Calcutta medical institutions reports 1879-81 [i.e.91]
Year: 1879
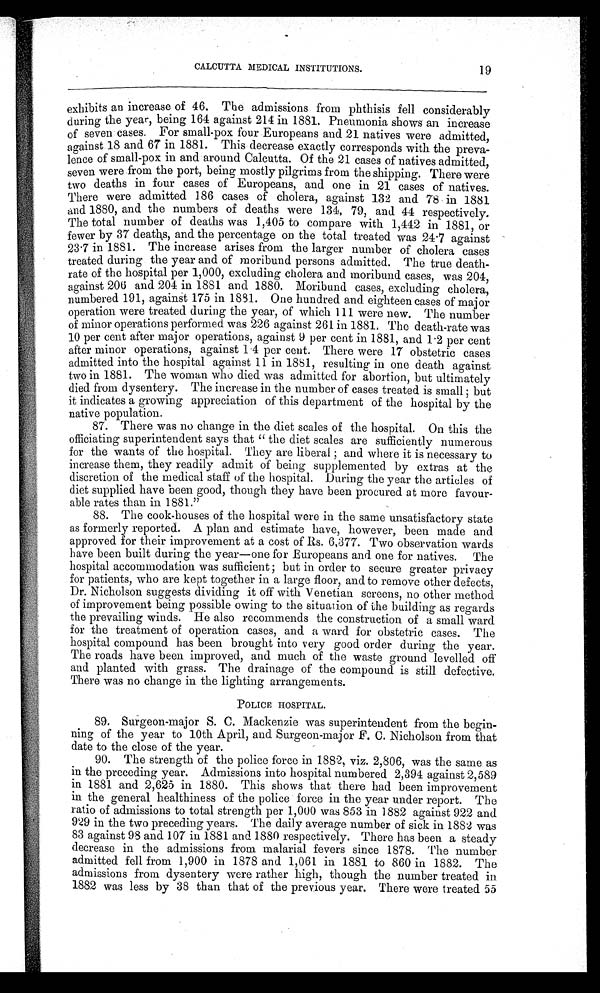
CALCUTTA MEDICAL INSTITUTIONS.
19
exhibits an increase of 46. The admissions from phthisis fell considerably
during the year, being 164 against 214 in 1881. Pneumonia shows an increase
of seven cases. For small-pox four Europeans and 21 natives were admitted,
against 18 and 67 in 1881. This decrease exactly corresponds with the preva--
lence of small-pox in and around Calcutta. Of the 21 cases of natives admitted,
seven were from the port, being mostly pilgrims from the shipping. There were
two deaths in four cases of Europeans, and one in 21 cases of natives.
There were admitted 186 cases of cholera, against 132 and 78 in 1881
and 1880, and the numbers of deaths were 134, 79, and 44 respectively.
The total number of deaths was 1,405 to compare with 1,442 in 1881, or
fewer by 37 deaths, and the percentage on the total treated was 24.7 against
23.7 in 1881. The increase arises from the larger number of cholera cases
treated during the year and of moribund persons admitted. The true death-
rate of the hospital per 1,000, excluding cholera and moribund cases, was 204,
against 206 and 204 in 1881 and 1880. Moribund cases, excluding cholera,
numbered 191, against 175 in 1881. One hundred and eighteen cases of major
operation were treated during the year, of which 111 were new. The number
of minor operations performed was 226 against 261 in 1881. The death-rate was
10 per cent after major operations, against 9 per cent in 1881, and 1.2 per cent
after minor operations, against 1.4 per cent. There were 17 obstetric cases
admitted into the hospital against 11 in 1881, resulting in one death against
two in 1881. The woman who died was admitted for abortion, but ultimately
died from dysentery. The increase in the number of cases treated is small ; but
it indicates a growing appreciation of this department of the hospital by the
native population.
87. There was no change in the diet scales of the hospital. On this the
officiating superintendent says that " the diet scales are sufficiently numerous
for the wants of the hospital. They are liberal ; and where it is necessary to
increase them, they readily admit of being supplemented by extras at the
discretion of the medical staff of the hospital. During the year the articles of
diet supplied have been good, though they have been procured at more favour--
able rates than in 1881."
88. The cook-houses of the hospital were in the same unsatisfactory state
as formerl y report ed. A pl an and est i mat e have, however, been made and
approved for their improvement at a cost of Rs. 6,377. Two observation wards
have been built during the year—one for Europeans and one for natives. The
hospital accommodation was sufficient ; but in order to secure greater privacy
for patients, who are kept together in a large floor, and to remove other defects,
Dr. Nicholson suggests dividing it off with Venetian screens, no other method
of improvement being possible owing to the situation of the building as regards
the prevailing winds. He also recommends the construction of a small ward
for the treatment of operation cases, and a ward for obstetric cases. The
hospital compound has been brought into very good order during the year.
The roads have been improved, and much of the waste ground levelled off
and planted with grass. The drainage of the compound is still defective.
There was no change in the lighting arrangements.
POLICE HOSPITAL.
89. Surgeon-major S. C. Mackenzie was superintendent from the begin--
ning of the year to 10th April, and Surgeon-major F. C. Nicholson from that
date to the close of the year.
90. The strength of the police force in 1882, viz. 2,806, was the same as
i n t he precedi ng year. Admi ssi ons i nt o hospi t al numbered 2, 394 agai nst 2, 589
in 1881 and 2,625 in 1880. This shows that there had been improvement
in the general healthiness of the police force in the year under report. The
ratio of admissions to total strength per 1,000 was 853 in 1882 against 922 and
929 in the two preceding years. The daily average number of sick in 1882 was
83 against 98 and 107 in 1881 and 1880 respectively. There has been a steady
decrease in the admissions from malarial fevers since 1878. The number
admitted fell from 1,900 in 1878 and 1,061 in 1881 to 860 in 1882. The
admissions from dysentery were rather high, though the number treated in
1882 was less by 38 than that of the previous year. There were treated 55